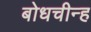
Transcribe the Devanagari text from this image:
बोधचीन्ह